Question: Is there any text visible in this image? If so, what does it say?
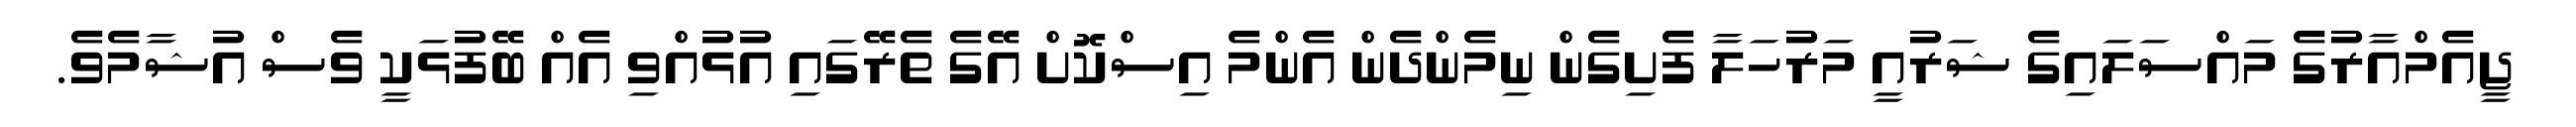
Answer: ޖީއެމްއާރުގެ މައްސަލައިގެ ޝަރުއީ މަރުހަލާ ފެށިގެން ނިމެންދެން އެންމެ އިސްކޮށް އޭގެ ތެރޭގައި އުޅުއްވި އެއް ބޭފުޅަކީ ވެސް އުޝާމެވެ.